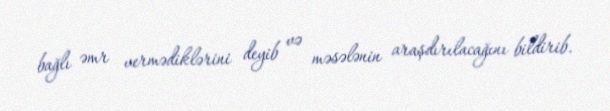
bağlı əmr vermədiklərini deyib və məsələnin araşdırılacağını bildirib.